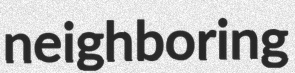
neighboring